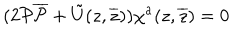
LaTeX: ( 2 { \cal P } { \overline { { { \cal P } } } } + \tilde { U } ( z , \overline { { { z } } } ) ) \chi ^ { a } ( z , \overline { { { z } } } ) = 0